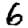
Digit: 6